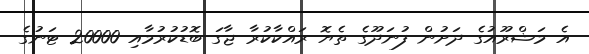
އެ މަޝްރޫއުގެ ދަށުން ފުނަދޫގެ ތެޔޮ ރައްކާކުރާ ޖާގަ ބޮޑުކުރުމާއި 20000 ޓަނުގެ